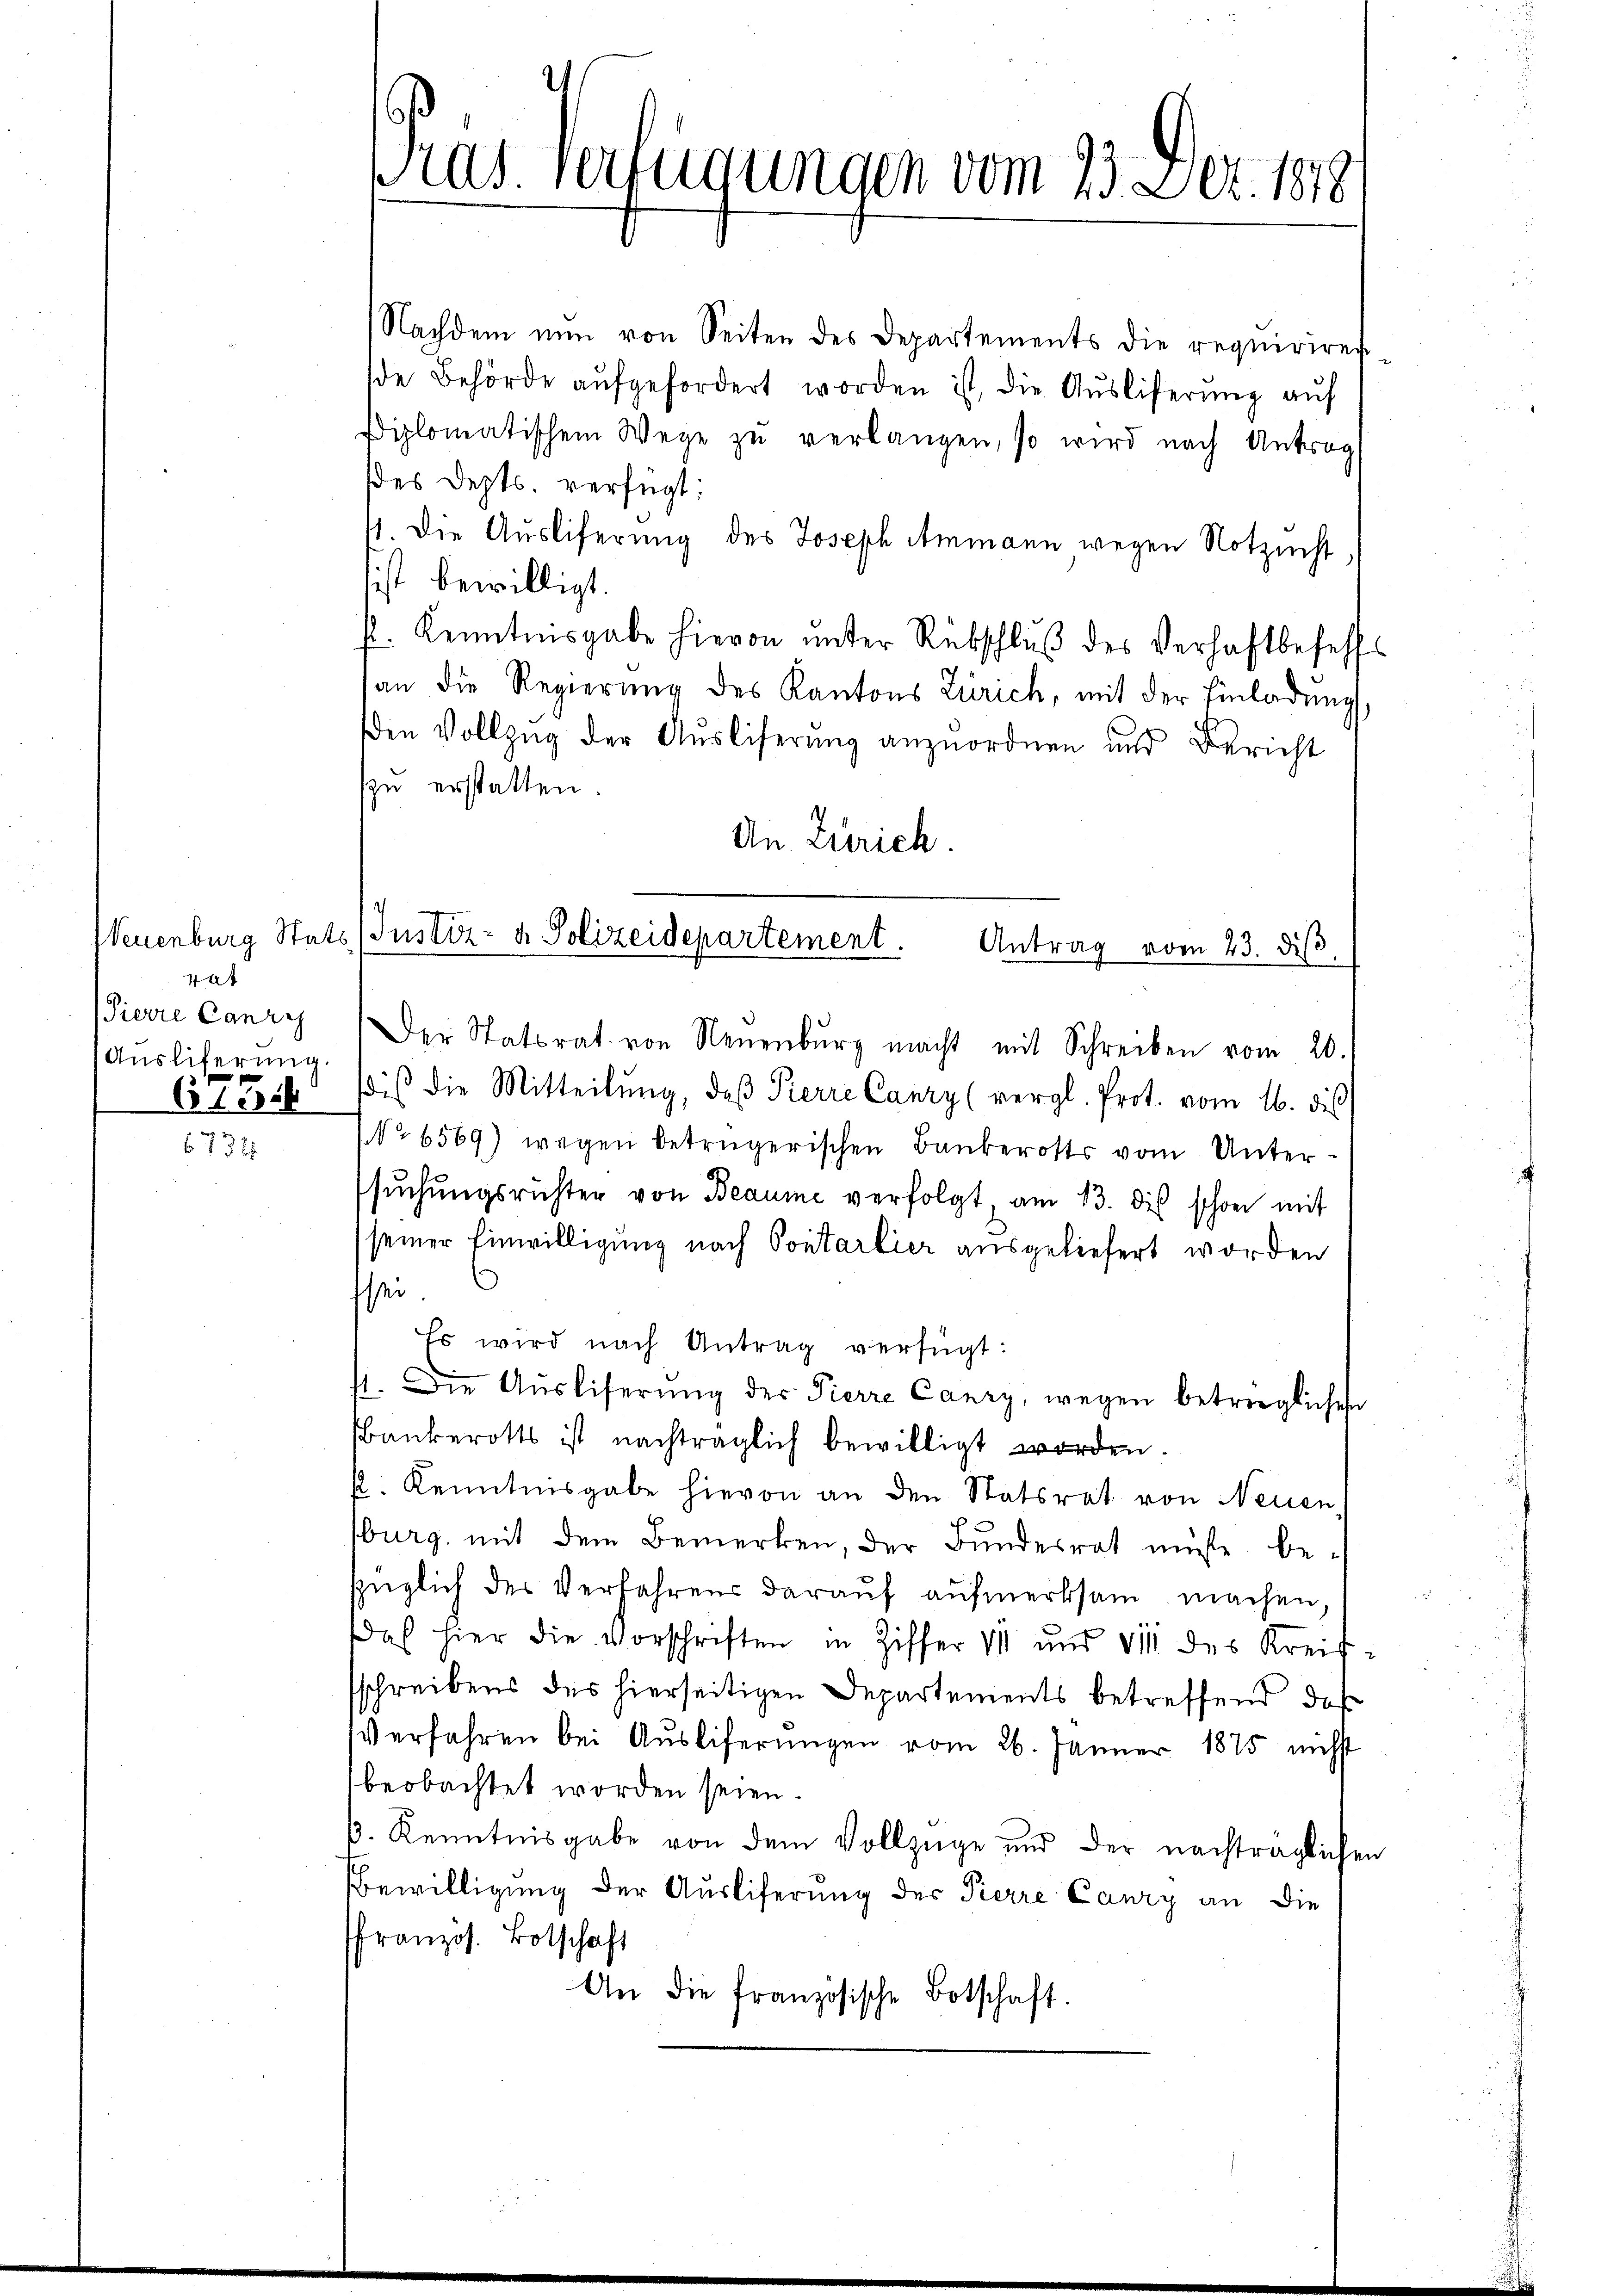
tat
Pierre Canzy
Ausliferung.

6734

Pras. Verfügungen vom 23. Dez. 1878

Nachdem nun von Seiten des Departements die requiriren-
de Behörde aŭfgefordert worden ist, die Aŭsliserŭng auf
siplomatischem Wege zŭ verlangen, so wird nach Antrag
des Depts. verfügt:
11. Die Ausliferung des Joseph Ammann wegen Notzucht
sist bewilligt.
f. Kenntnisgabe hievon unter Rückschluß des Verhaftbefehls
an die Regierŭng des Kantons Zürich, mit der Einladŭng,
den Vollzug der Auslieferung anzuordnen und Bericht
zu erstatten.
An Zürich.
Neuenburg Stats (Justiz- & Polizeidepartement. Antrag vom 23. diβ

Der Statsrat von Neuenburg macht mit Schreiben vom 20.
6 fest dis die Mitteilŭng, daβ Pierre Canzy (vergl. Prot. vom 16. dies
Nr 6569) wegen betrügerischen Bankerotts vom Untersŭchŭngsrichter von Beaume verfolgt, am 13. des schon mit
seiner Einwilligung nach Contarlier ausgeliefert worden
sei
Es wird nach Antrag verfügt:
st. Die Aŭsliserŭng der Pierre Canzy, wegen betrügliches
bankerotts ist nachträglich bewilligt worden.
p. Kenntnisgabe hievon an den Statsrat von Neuen,
sburg, mit dem Bemerken, der Bundesrat müsse bezüglich der Verfahrens daraŭf aŭfmerksam machen,
das hier die Vorschriften in Ziffer VII und VII des Kreissschreibens des hierseitigen Departements betreffend der
Verfahren bei Auslieferungen vom 26. Jänner 1875 nicht
beobachtet worden seien.
β. Kenntnisgabe von dem Vollzüge und der nachträglichen
Bewilligung der Ausliferung der Pierre Caury an die
ffranzös. Botschaft
An die französische Botschaft.